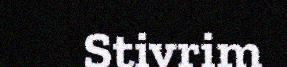
Stivrim